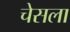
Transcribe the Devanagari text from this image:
चेसला